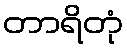
တာရိတုံ